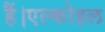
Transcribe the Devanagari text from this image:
हैं।एल्कोहल